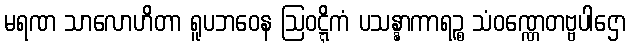
မရဏ သာလောဟိတာ ရူပဘဝေန ဩဝဋ္ဋိကံ ပသန္နာကာရဉ္စ သံဝဏ္ဏေတဗ္ဗပါဌော